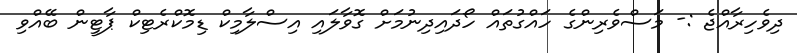
ދިވެހިރާއްޖެ :- މަސްވެރިންގެ ހައްގުތައް ހޯދައިދިނުމަށް ގޮވާލައި އިސްލާމިކް ޑިމޮކްރެޓިކް ޕާޓީން ބޭއްވި